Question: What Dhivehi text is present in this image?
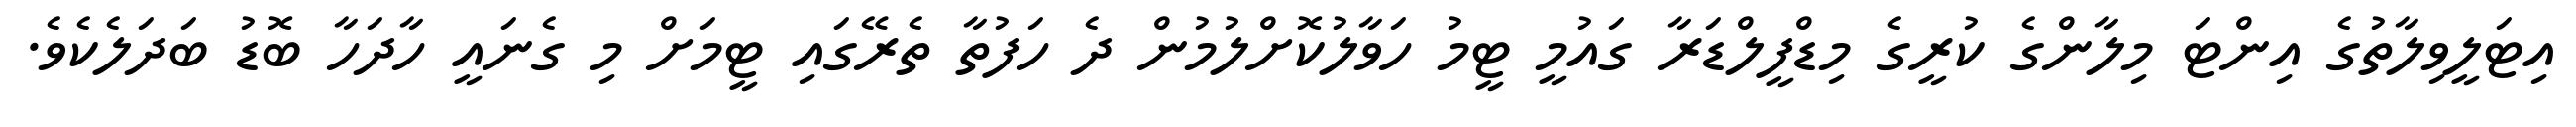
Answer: އިޓަލީވިލާތުގެ އިންޓަ މިލާންގެ ކުރީގެ މިޑްފީލްޑަރާ ގައުމީ ޓީމު ހަވާލުކޮށްލުމުން ދެ ހަފުތާ ތެރޭގައި ޓީމަށް މި ގެނައީ ހާދަހާ ބޮޑު ބަދަލެކެވެ.